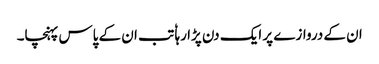
ان کے دروازے پر ایک دن پڑا رہا ٗ تب ان کے پاس پہنچا۔